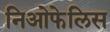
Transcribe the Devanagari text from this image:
निओफेलिस